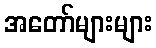
အတော်များများ